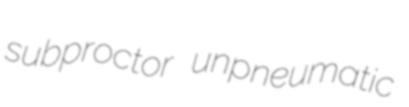
subproctor unpneumatic